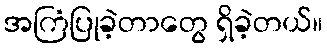
အကြံပြုခဲ့တာတွေ ရှိခဲ့တယ်။